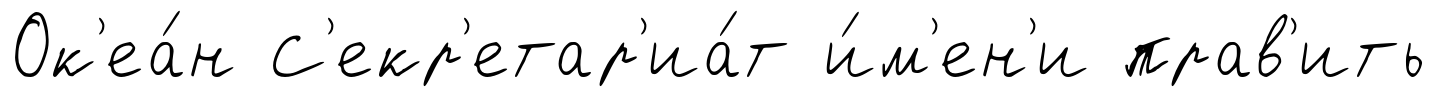
Ок'еа́н С'екр'етар'иа́т и́м'ен'и прав'ить